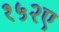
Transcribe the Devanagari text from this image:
१५२ए